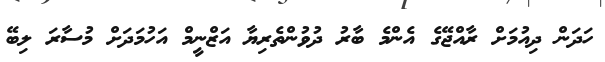
ހަދަން ދިއުމަށް ރާއްޖޭގެ އެންމެ ބާރު ދުވުންތެރިޔާ އަޒްނީމް އަހުމަދަށް މުސާރަ ލިބޭ